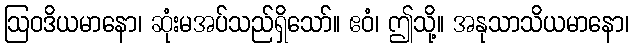
ဩဝဒိယမာနော၊ ဆုံးမအပ်သည်ရှိသော်။ ဧဝံ၊ ဤသို့။ အနုသာသိယမာနော၊